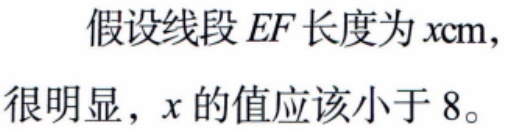
假设线段 \(EF\) 长度为 \(x\text{cm}\)，
很明显，\(x\) 的值应该小于 \(8\)。